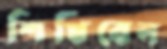
শিখিবেন